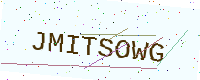
Text: JMITSOWG